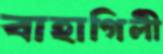
বাহাগিলী